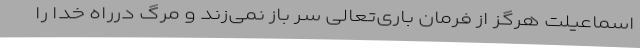
اسماعیلت هرگز از فرمان باری‌تعالی سر باز نمی‌زند و مرگ درراه خدا را